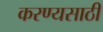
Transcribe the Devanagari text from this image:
करण्यसाठी